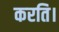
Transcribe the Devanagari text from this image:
करति।